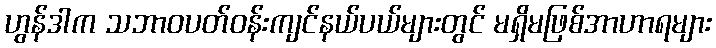
ဟွန်ဒါက သဘာဝပတ်ဝန်းကျင်နယ်ပယ်များတွင် မရှိမဖြစ်အာဟာရများ